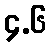
၄.၆